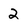
Character: 2